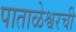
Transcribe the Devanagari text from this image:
पाताळेश्वरची